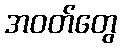
အဝတ်တွေ